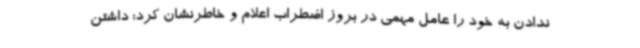
ندادن به خود را عامل مهمی در بروز اضطراب اعلام و خاطرنشان کرد: داشتن